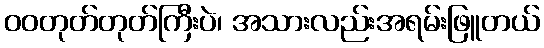
ဝဝတုတ်တုတ်ကြီးပဲ၊ အသားလည်းအရမ်းဖြူတယ်